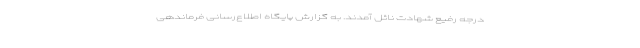
درجه رفیع شهادت نائل آمدند. به گزارش پایگاه اطلاع‌رسانی فرماندهی